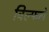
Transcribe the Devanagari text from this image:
विल्फले